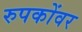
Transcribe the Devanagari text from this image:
रुपकोंवर